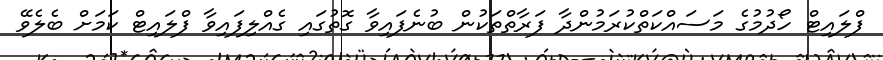
ފްލައިޓް ހޯދުމުގެ މަސައްކަތްކުރަމުންދާ ފަރާތްތަކުން ބުނެފައިވާ ގޮތުގައި ގެއްލިފައިވާ ފްލައިޓް ކަމަށް ބެލެވޭ